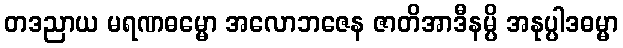
တဒညာယ မရဏဓမ္မော အလောဘဇေန ဇာတိအာဒီနမ္ပိ အနုပ္ပါဒဓမ္မာ